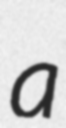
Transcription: a